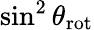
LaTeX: \sin^{2}\theta_{\textrm{rot}}